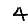
Digit: 4